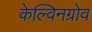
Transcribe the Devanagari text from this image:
केल्विनग्रोव